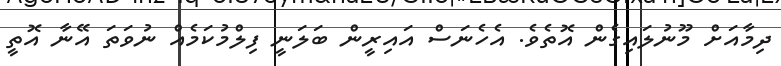
ދިމާއަށް މޫނުލައިގެން އޮތެވެ. އެހެނަސް އައިރީން ބަލަނީ ފިލްމުކަމެއް ނުވަތަ އޭނާ އޮތީ